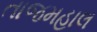
તાજમહાલ